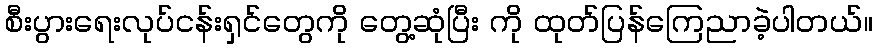
စီးပွားရေးလုပ်ငန်းရှင်တွေကို တွေ့ဆုံပြီး ကို ထုတ်ပြန်ကြေညာခဲ့ပါတယ်။